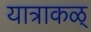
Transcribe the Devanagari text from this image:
यात्राकळ्